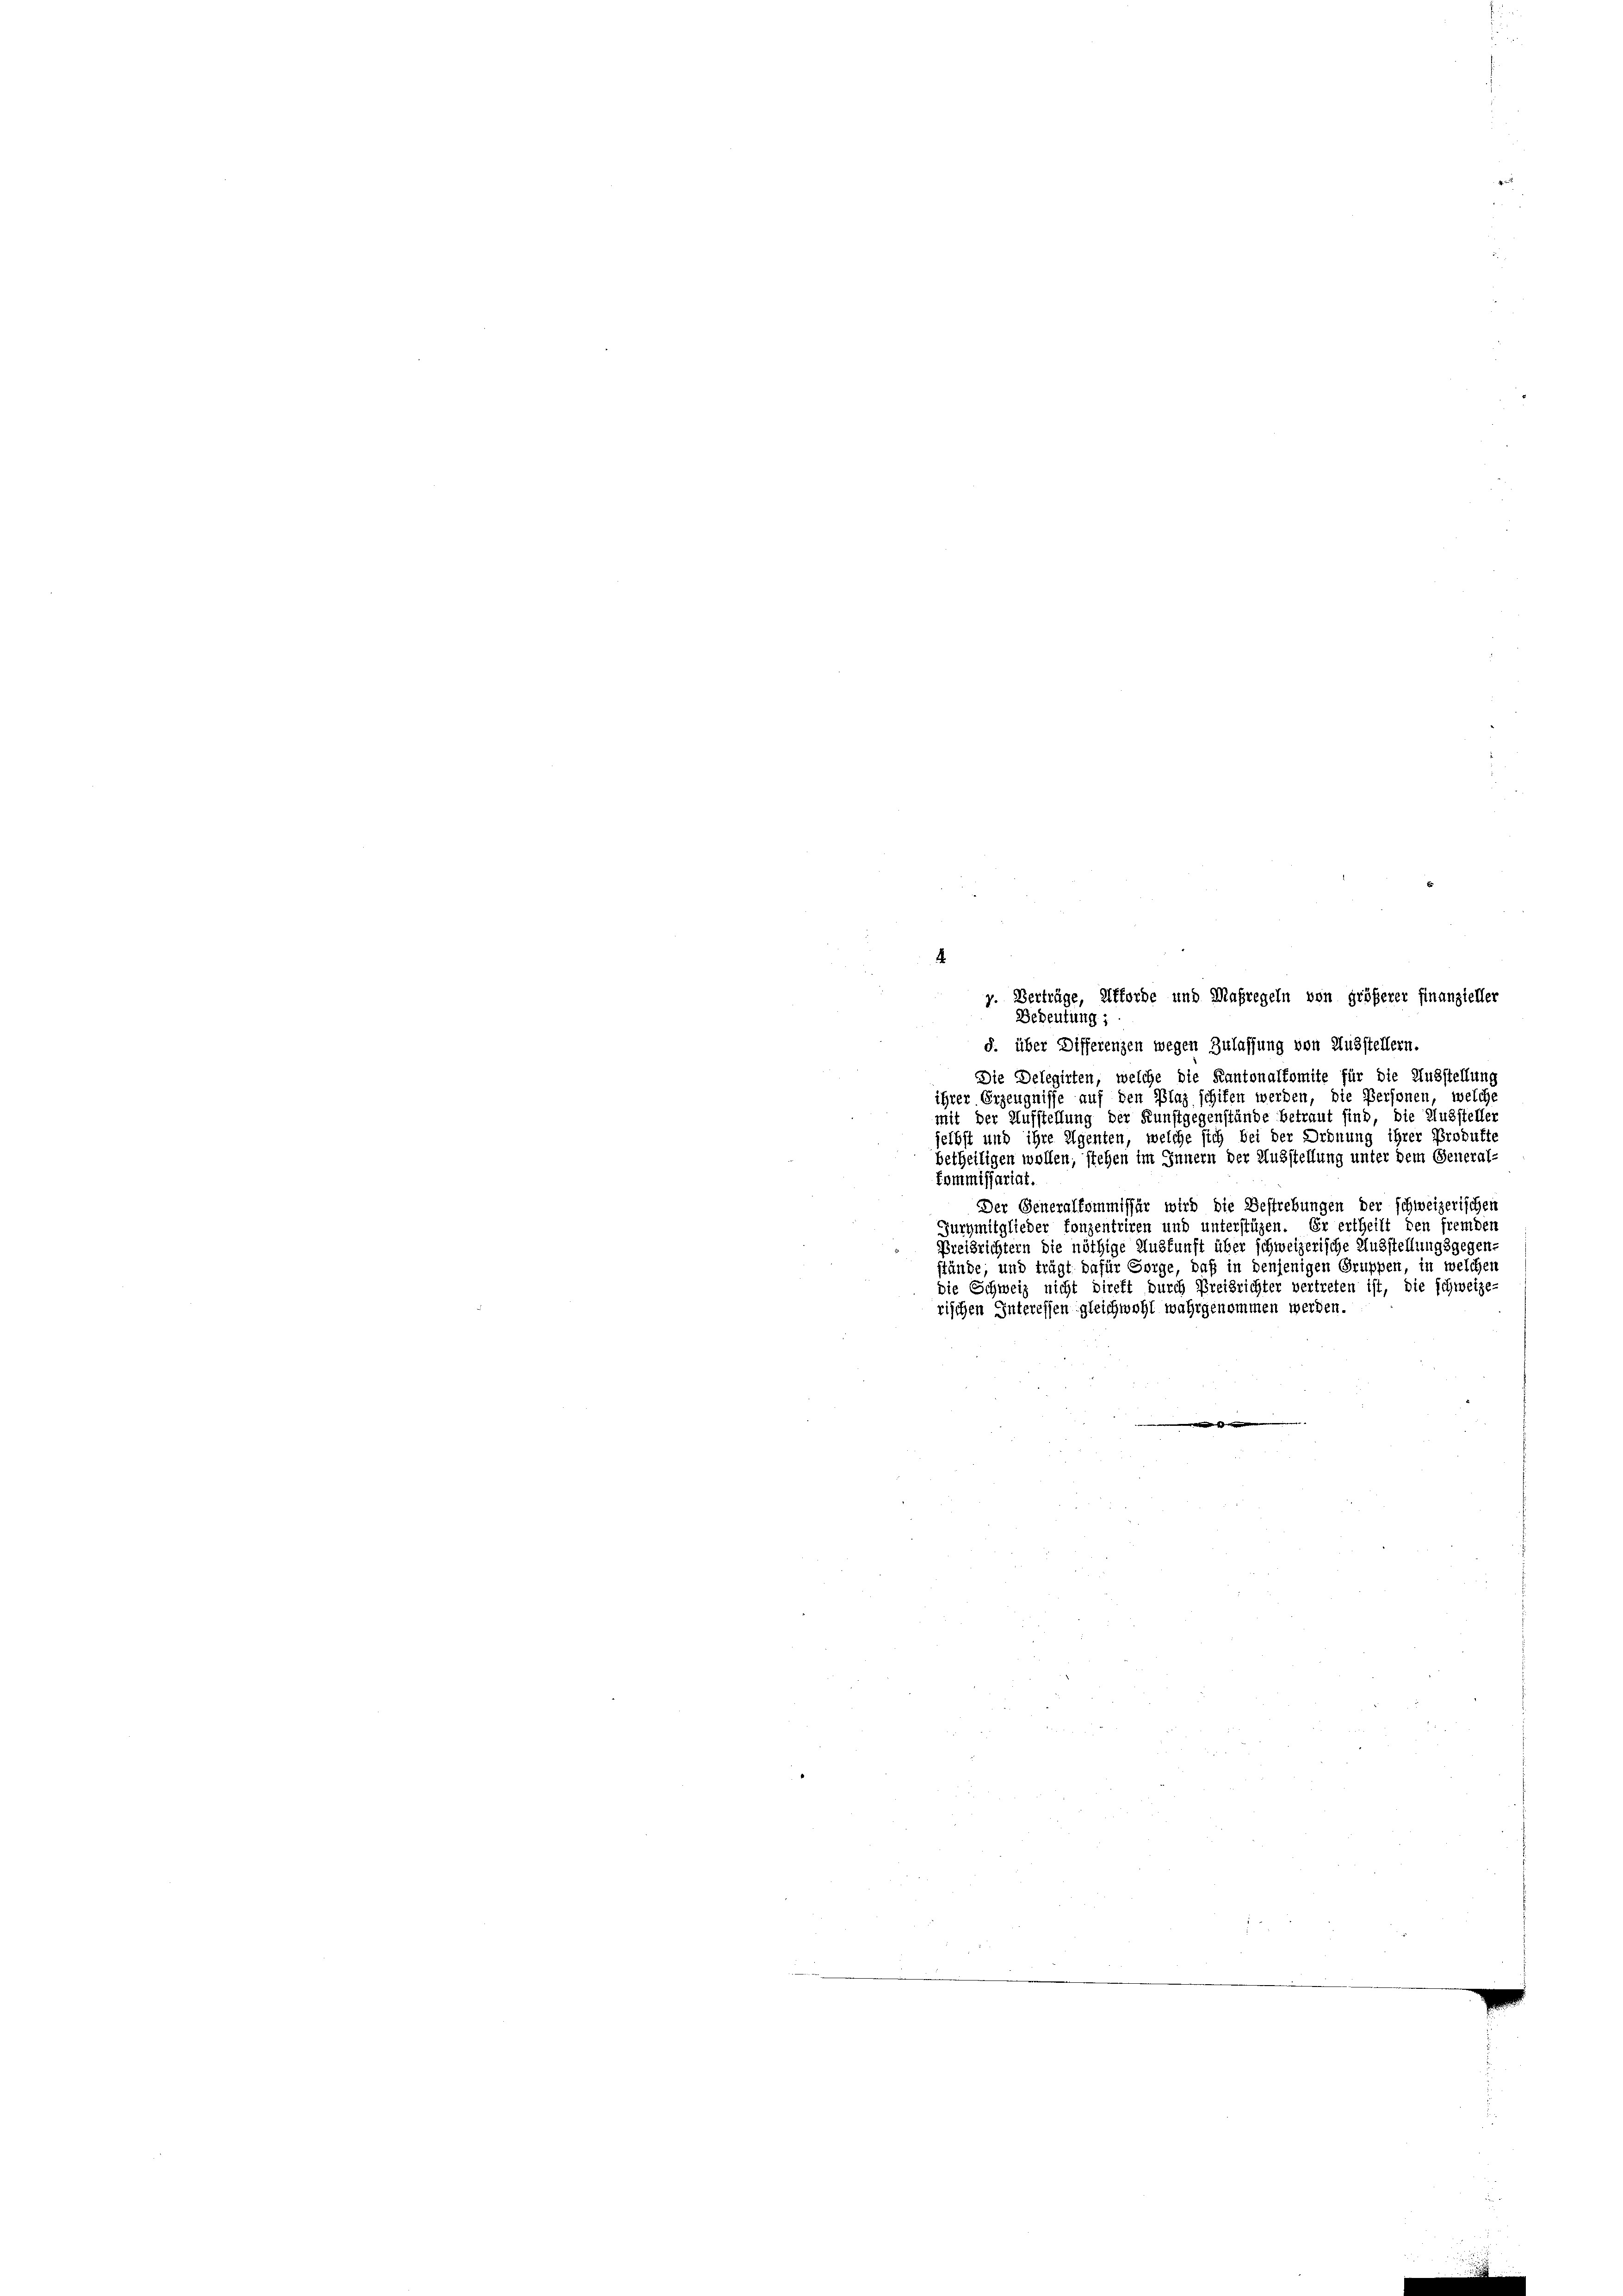
.
g. Verträge, Afforde und Maßregeln von größerer Finanzieller
Bedeutung :
§. über Differenzen wegen Zulassung von Ausstellern.
Die Delegirten, welche die Kantonalfomite für die Ausstellung
ihrer Erzeugnisse auf den Plag schifen werden, die Personen, welche
mit der Aufstellung der Kunstgegenstände betraut sind, die Aussteller
selbst und ihre Eigenten, welche sich bei der Ordnung ihrer Produkte
betheiligen wollen, stehen im Innern der Ausstellung unter dem General-
Kommissariat.
Der Generalkommissär wird die Bestrebungen der schweizerischen
Jurymitglieder konzentriren und unterstüzen. Er ertheilt den fremden
Preisrichtern die nöthige Auskunft über schweizerische Ausstellungsgegen-
stände; und trägt dafür Sorge, daß in denjenigen Gruppen, in welchen
die Schweiz nicht direkt durch Preisrichter vertreten ist, die schweize-
rischen Interessen gleichwohl wahrgenommen werden.